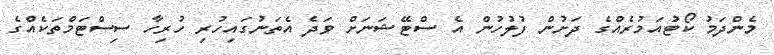
މެންދަމު ކޯޓުއަމުރެއްގެ ދަށުން ފުލުހުން އެ ސްޓޭޝަނަށް ވަދެ އެތަނުގައިހުރި ހުރިހާ ސިސްޓަމްތަކެއްގެ